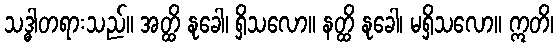
သဒ္ဓါတရားသည်။ အတ္ထိ နုခေါ၊ ရှိသလော။ နတ္ထိ နုခေါ၊ မရှိသလော။ ဣတိ၊